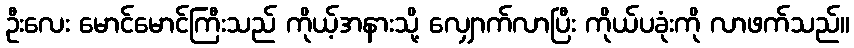
ဦးလေး မောင်မောင်ကြီးသည် ကိုယ့်အနားသို့ လျှောက်လာပြီး ကိုယ်ပခုံးကို လာဖက်သည်။